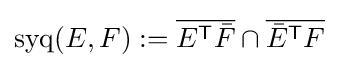
\operatorname {syq} (E,F)\mathrel {:=} {\overline {E^{\textsf {T}}{\bar {F}}}}\cap {\overline {{\bar {E}}^{\textsf {T}}F}}